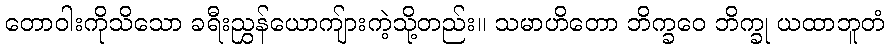
တောဝါးကိုသိသော ခရီးညွှန်ယောကျ်ားကဲ့သို့တည်း။ သမာဟိတော ဘိက္ခဝေ ဘိက္ခု ယထာဘူတံ